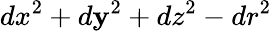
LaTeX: dx^{2}+d\mathbf{y}^{2}+dz^{2}-dr^{2}